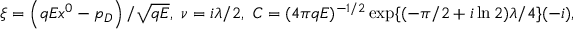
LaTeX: \xi = \left( q E x ^ { 0 } - p _ { D } \right) / \sqrt { q E } , \smallskip \ \nu = i \lambda / 2 , \smallskip \ C = ( 4 \pi q E ) ^ { - 1 / 2 } \exp \{ ( - \pi / 2 + i \ln 2 ) \lambda / 4 \} ( - i ) ,